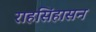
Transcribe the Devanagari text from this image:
राहसिंहासन